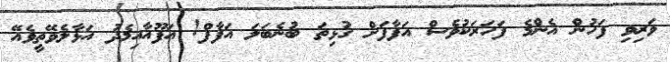
ވަރިވި ފަހުން އެންމެ ފަހަރަކުވެސް އަފާފަށް ގުޅިތަ ބުނެބަލަ އަފާފް! އަފޫއާއިމެދު އަޅާލެވޭތީވެއޭ